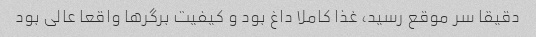
دقیقا سر موقع رسید، غذا کاملا داغ بود و کیفیت برگر‌ها واقعا عالی بود